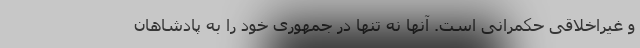
و غیراخلاقی حکمرانی است. آنها نه تنها در جمهوری خود را به پادشاهان